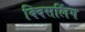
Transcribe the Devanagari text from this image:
क्विसलिंग